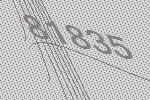
81835